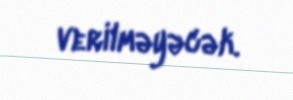
verilməyəcək.